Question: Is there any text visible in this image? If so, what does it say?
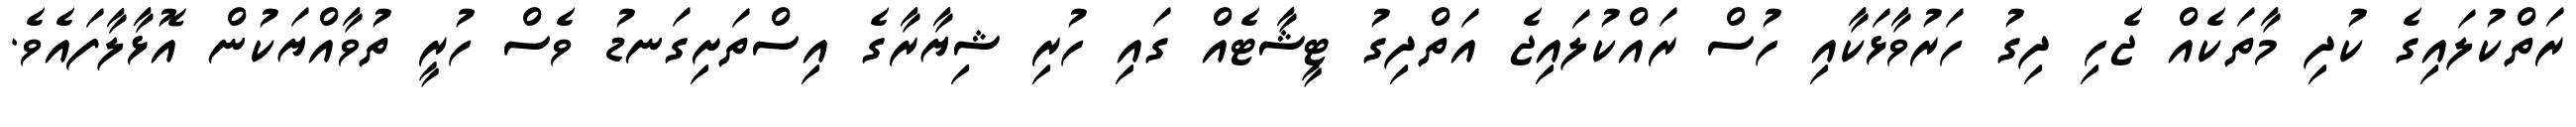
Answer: ރަތްކުލައިގެ ކުދި މާތަކެއް ޖެހި ދިގު ހަރުވާޅަކާއި ހުސް ރައްކުލައިޖެ އަތްދިގު ޓީޝާޓެއް ގައި ހުރި ޝިޔާރާގެ އިސްތަށިގަނޑު ވެސް ހުރީ ތުވާއްޔަކުން އޮޅާލާފައެވެ.